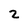
Character: 2